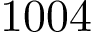
1 0 0 4